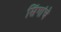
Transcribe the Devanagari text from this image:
सिंगांचे